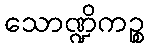
သောဏ္ဍိကဉ္စ